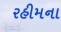
રહીમના